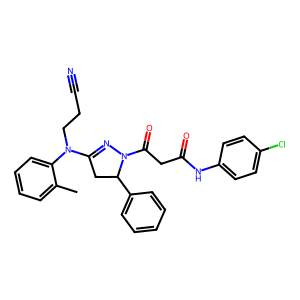
SMILES: Cc1ccccc1N(CCC#N)C1=NN(C(=O)CC(=O)Nc2ccc(Cl)cc2)C(c2ccccc2)C1
Inhibits HIV replication: No